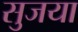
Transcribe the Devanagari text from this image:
सुजया